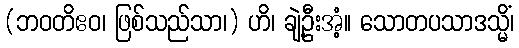
(ဘဝတိဧဝ၊ ဖြစ်သည်သာ၊) ဟိ၊ ချဲ့ဦးအံ့။ သောတပသာဒသ္မိံ၊